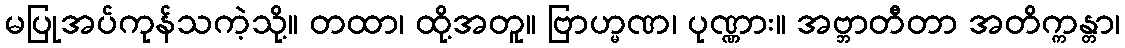
မပြုအပ်ကုန်သကဲ့သို့။ တထာ၊ ထို့အတူ။ ဗြာဟ္မဏ၊ ပုဏ္ဏား။ အဗ္ဘာတီတာ အတိက္ကန္တာ၊